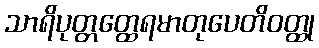
သာရိပုတ္တတ္ထေရမာတုပေတိဝတ္ထု